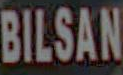
BILSAN